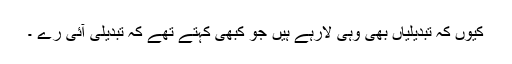
کیوں کہ تبدیلیاں بھی وہی لارہے ہیں جو کبھی کہتے تھے کہ تبدیلی آئی رے ۔